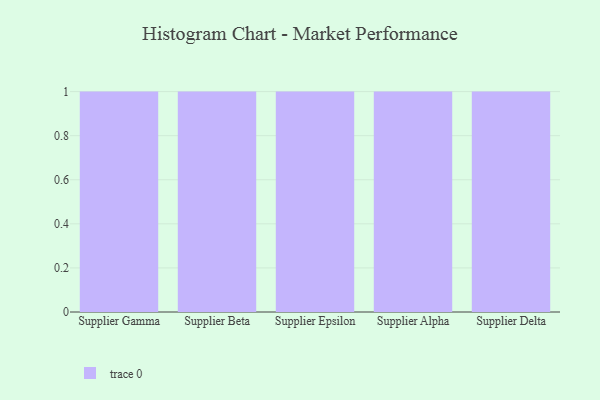
{"axis": {"x": "Supplier", "y": "Gross Profit (USD K)"}, "legend": [""], "data": [{"x": "Supplier Gamma", "y": 68, "type": ""}, {"x": "Supplier Beta", "y": 62, "type": ""}, {"x": "Supplier Epsilon", "y": 81, "type": ""}, {"x": "Supplier Alpha", "y": 66, "type": ""}, {"x": "Supplier Delta", "y": 79, "type": ""}]}